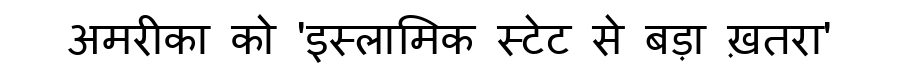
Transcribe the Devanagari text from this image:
अमरीका को 'इस्लामिक स्टेट से बड़ा ख़तरा'